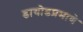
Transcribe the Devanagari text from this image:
डायोडप्रमाणे